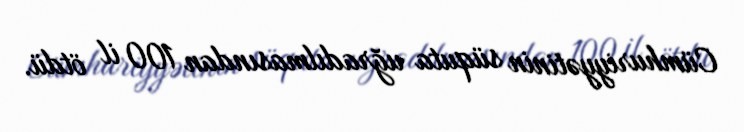
Cümhuriyyətinin süquta uğradılmasından 100 il ötdü.